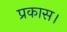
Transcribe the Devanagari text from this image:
प्रकास।